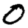
Digit: 0